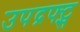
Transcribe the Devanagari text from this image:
उपद्रफ्ट्स